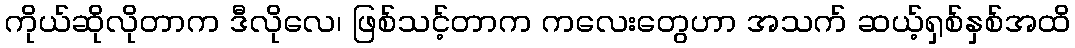
ကိုယ်ဆိုလိုတာက ဒီလိုလေ၊ ဖြစ်သင့်တာက ကလေးတွေဟာ အသက် ဆယ့်ရှစ်နှစ်အထိ